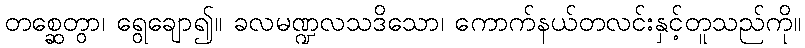
တစ္ဆေတွာ၊ ရွေချော၍။ ခလမဏ္ဍလသဒိသော၊ ကောက်နယ်တလင်းနှင့်တူသည်ကို။